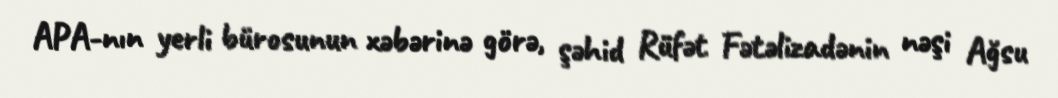
APA-nın yerli bürosunun xəbərinə görə, şəhid Rüfət Fətəlizadənin nəşi Ağsu